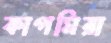
কাগমিরা